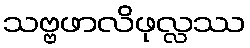
သဗ္ဗဖာလိဖုလ္လဿ